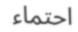
احتماء